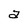
Character: a